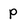
Character: p